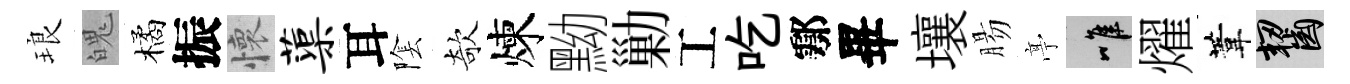
琅魄橘振懷蕖耳隂欹煉黝勦工吃鄠畢壤腸𠅘唯燿葦齧